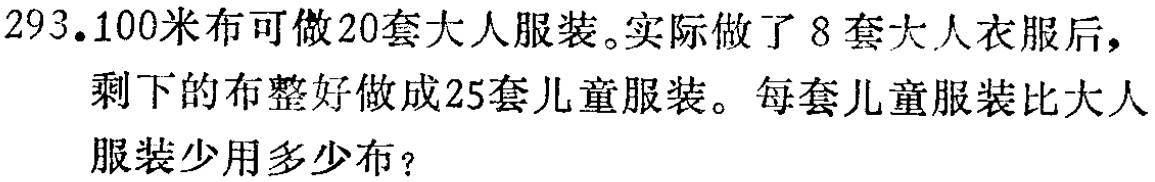
293.100米布可做20套大人服装。实际做了8套大人衣服后，剩下的布整好做成25套儿童服装。每套儿童服装比大人服装少用多少布？